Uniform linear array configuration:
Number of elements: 8
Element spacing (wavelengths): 0.25
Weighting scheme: binomial
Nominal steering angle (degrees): -45
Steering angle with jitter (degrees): -45.314
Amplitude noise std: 0.05
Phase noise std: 0.05

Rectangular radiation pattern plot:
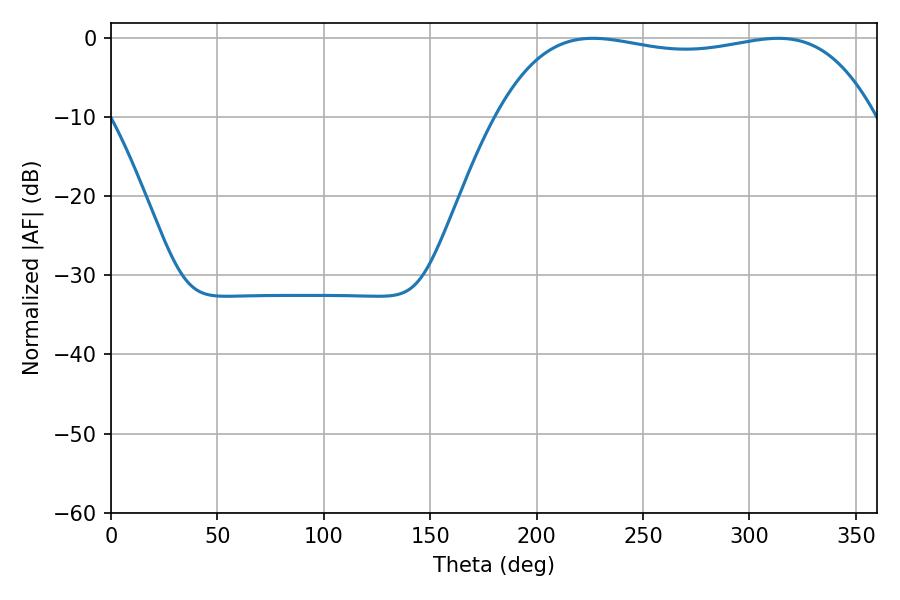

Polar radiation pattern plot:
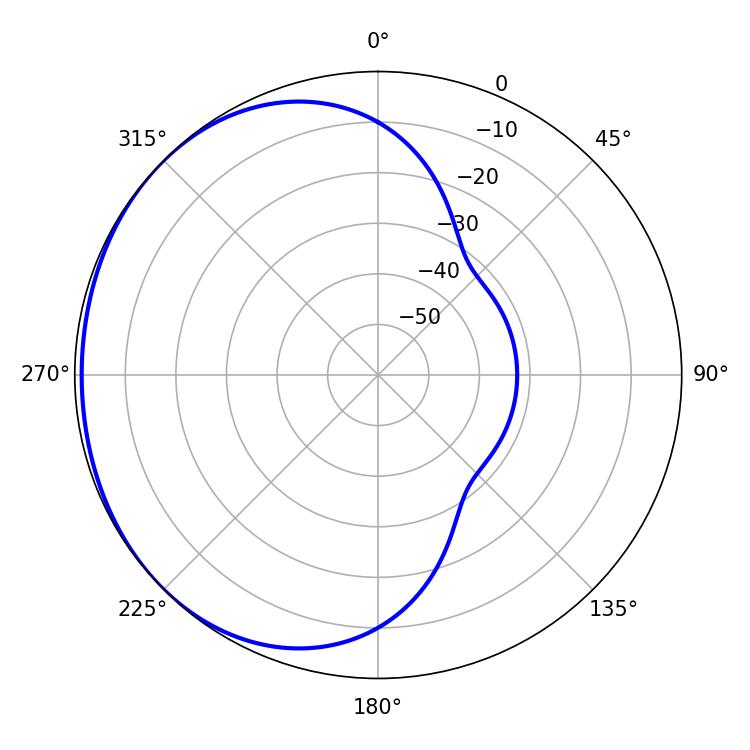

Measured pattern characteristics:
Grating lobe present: FALSE
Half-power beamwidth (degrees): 142.2
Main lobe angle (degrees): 226.44